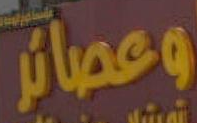
وعصائر